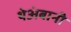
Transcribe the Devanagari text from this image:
थेअंबानी